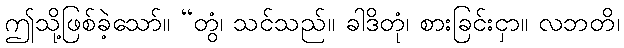
ဤသို့ဖြစ်ခဲ့သော်။ “တွံ၊ သင်သည်။ ခါဒိတုံ၊ စားခြင်းငှာ။ လဘတိ၊